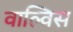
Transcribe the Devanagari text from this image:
वाल्विस